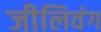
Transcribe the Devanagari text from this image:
जीलिवंग